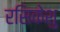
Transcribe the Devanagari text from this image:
रसिकेशु